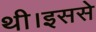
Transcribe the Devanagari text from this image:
थी।इससे